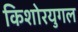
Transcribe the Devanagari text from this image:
किशोरयुगल